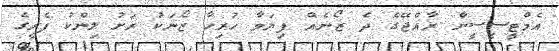
އެމްޓީސީސީން ރާއްޖޭގެ ދެ ޒޯނެއް ފިޔަވާ ހުރިހާ ޒޯނަކު ރަށު ލިންކު ފެރީގެ